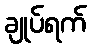
ချုပ်ရက်